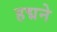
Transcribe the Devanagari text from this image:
हद्मने